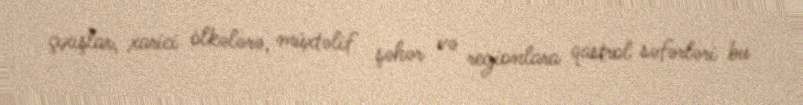
çıxışlar, xarici ölkələrə, müxtəlif şəhər və regionlara qastrol səfərləri bu